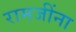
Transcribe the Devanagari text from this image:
रामजींना